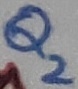
Text: Q2